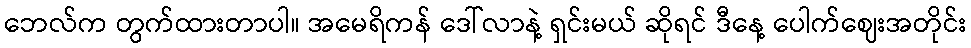
ဘေလ်က တွက်ထားတာပါ။ အမေရိကန် ဒေါ်လာနဲ့ ရှင်းမယ် ဆိုရင် ဒီနေ့ ပေါက်ဈေးအတိုင်း